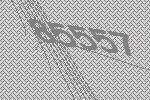
85557